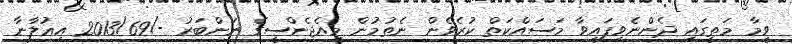
ވީމާ މަތީގައި ދެންނެވިފައިވާ މަސައްކަތް ކުރެވެން ނެތުމުން މިއެޖެންސީގެ ނަންބަރު -/2013/69 އިޢުލާނާ